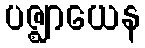
ပဇ္ဈာယေန